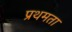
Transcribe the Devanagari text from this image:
प्रथमता